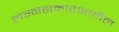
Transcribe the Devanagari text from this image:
लग्नसमारंभातील